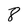
Character: 8